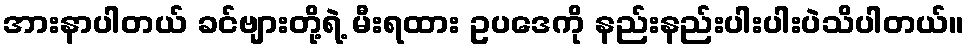
အားနာပါတယ် ခင်ဗျားတို့ရဲ့ မီးရထား ဥပဒေကို နည်းနည်းပါးပါးပဲသိပါတယ်။